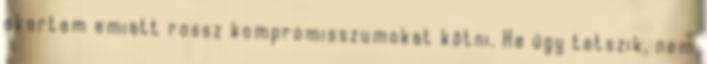
akartam emiatt rossz kompromisszumokat kötni. Ha úgy tetszik, nem